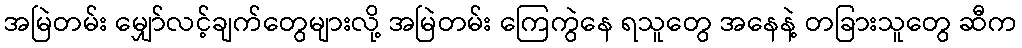
အမြဲတမ်း မျှော်လင့်ချက်တွေများလို့ အမြဲတမ်း ကြေကွဲနေ ရသူတွေ အနေနဲ့ တခြားသူတွေ ဆီက